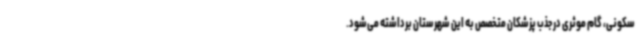
سکونی، گام موثری در جذب پزشکان متخصص به این شهرستان برداشته می‌شود.